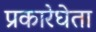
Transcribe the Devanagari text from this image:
प्रकारेघेता